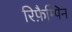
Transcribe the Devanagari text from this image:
रिफ़ैम्पिन